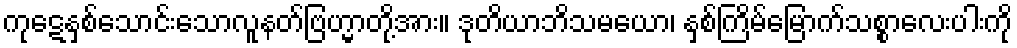
ကုဋေနှစ်သောင်းသောလူနတ်ဗြဟ္မာတို့အား။ ဒုတိယာဘိသမယော၊ နှစ်ကြိမ်မြောက်သစ္စာလေးပါးကို